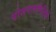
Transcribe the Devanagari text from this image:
योजनासमितियों